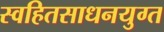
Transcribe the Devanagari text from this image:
स्वहितसाधनयुग्त